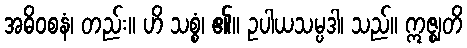
အဓိဝစနံ၊ တည်း။ ဟိ သစ္စံ၊ ၏။ ဥပါယသမ္ပဒါ၊ သည်။ ဣဇ္ဈတိ